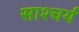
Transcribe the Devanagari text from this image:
साश्चर्य